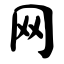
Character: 网